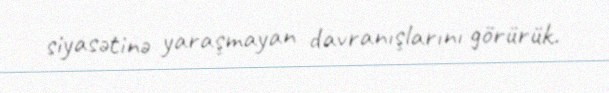
siyasətinə yaraşmayan davranışlarını görürük.